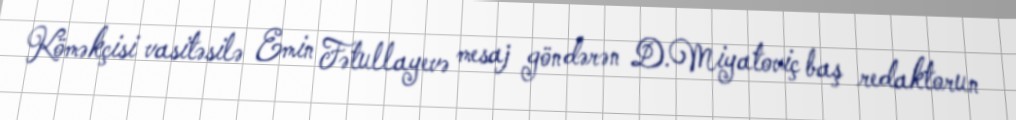
Köməkçisi vasitəsilə Emin Fətullayevə mesaj göndərən D.Miyatoviç baş redaktorun